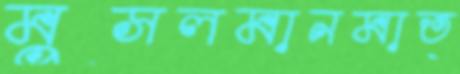
মুসলমানমাত্